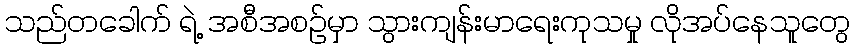
သည်တခေါက် ရဲ့ အစီအစဉ်မှာ သွားကျန်းမာရေးကုသမှု လိုအပ်နေသူတွေ